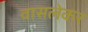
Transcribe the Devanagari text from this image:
वासलेकर